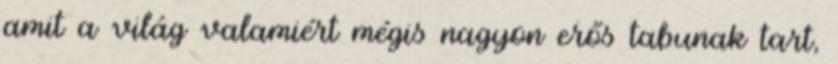
amit a világ valamiért mégis nagyon erős tabunak tart,